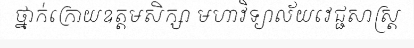
ថ្នាក់ក្រោយឧត្តមសិក្សា មហាវិទ្យាល័យវេជ្ជសាស្ត្រ